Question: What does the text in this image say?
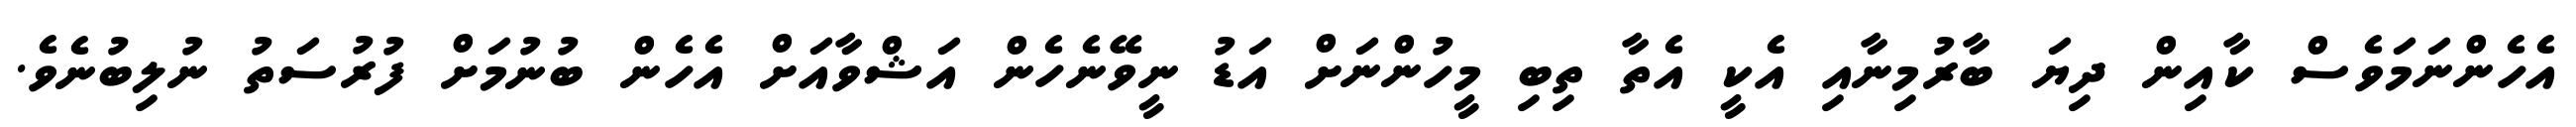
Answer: އެހެންނަމަވެސް ކާއިން ދިޔަ ބާރުމިނާއި އެކީ އެތާ ތިބި މީހުންނަށް އަޑު ނީވޭނެހެން އަޝްވާއަށް އެހެން ބުނުމަށް ފުރުސަތު ނުލިބުނެވެ.